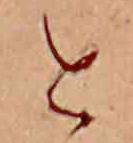
と